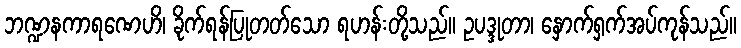
ဘဏ္ဍနကာရဏေဟိ၊ ခိုက်ရန်ပြုတတ်သော ရဟန်းတို့သည်။ ဥပဒ္ဒုတာ၊ နှောက်ရှက်အပ်ကုန်သည်။